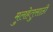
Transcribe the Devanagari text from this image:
मुलहेतुसाठी